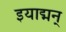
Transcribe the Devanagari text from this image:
इयाद्मन्